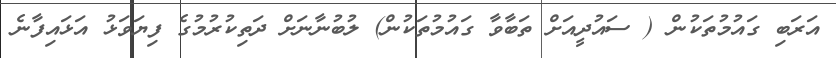
އަރަބި ގައުމުތަކުން ( ސައުދީއަށް ތަބާވާ ގައުމުތަކުން) ލުބުނާނަށް ދަތިކުުރުމުގެ ފިޔަވަޅު އަޅައިފާނެ